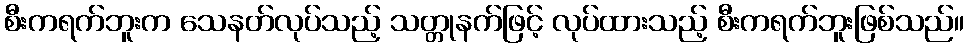
စီးကရက်ဘူးက သေနတ်လုပ်သည့် သတ္တုနက်ဖြင့် လုပ်ထားသည့် စီးကရက်ဘူးဖြစ်သည်။